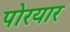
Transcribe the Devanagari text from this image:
पोरयार